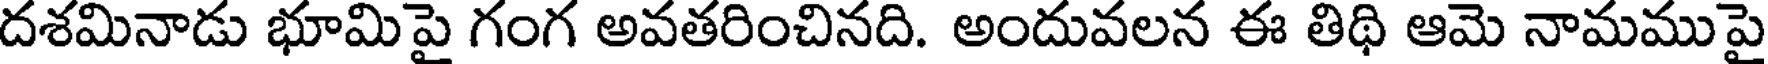
దశమినాడు భూమిపై గంగ అవతరించినది. అందువలన ఈ తిథి ఆమె నామముపై